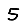
Digit: 5